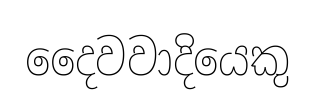
දෛවවාදියෙකු